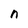
Character: n